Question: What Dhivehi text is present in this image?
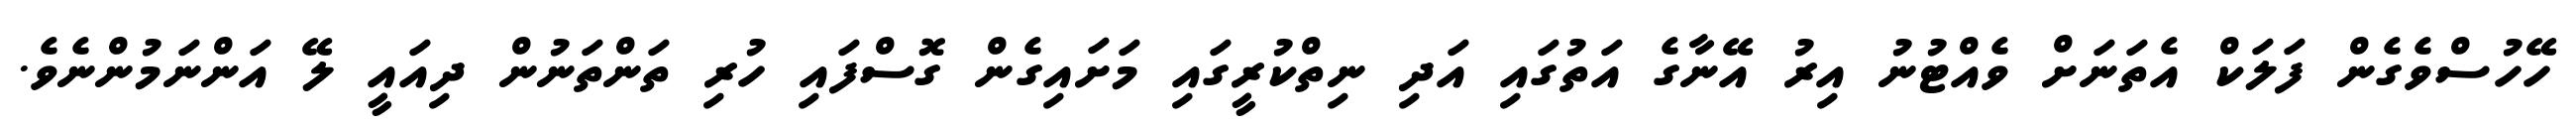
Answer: ހޭހުސްވެގެން ފަލަކް އެތަނަށް ވެއްޓުނު އިރު އޭނާގެ އަތުގައި އަދި ނިތްކުރީގައި މަށައިގެން ގޮސްފައި ހުރި ތަންތަނުން ދިއައީ ލޭ އަންނަމުންނެވެ.